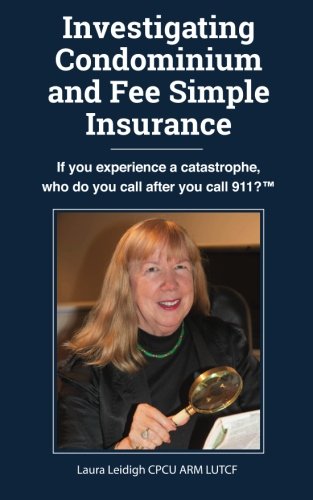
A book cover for Investigating Condominium and Fee Simple Insurance: If you experience a catastrophe, who do you call after you call 911? ?; CPCU, ARM, LUTCF, Laura Leidigh; Business & Money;